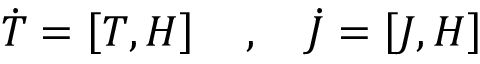
{ \dot { T } } = \left[ T , H \right] \quad , \quad { \dot { J } } = \left[ J , H \right]